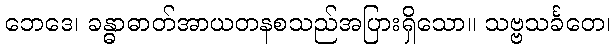
ဘေဒေ၊ ခန္ဓာဓာတ်အာယတနစသည်အပြားရှိသော။ သဗ္ဗသင်္ခတေ၊